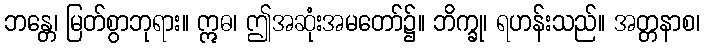
ဘန္တေ၊ မြတ်စွာဘုရား။ ဣဓ၊ ဤအဆုံးအမတော်၌။ ဘိက္ခု၊ ရဟန်းသည်။ အတ္တနာစ၊